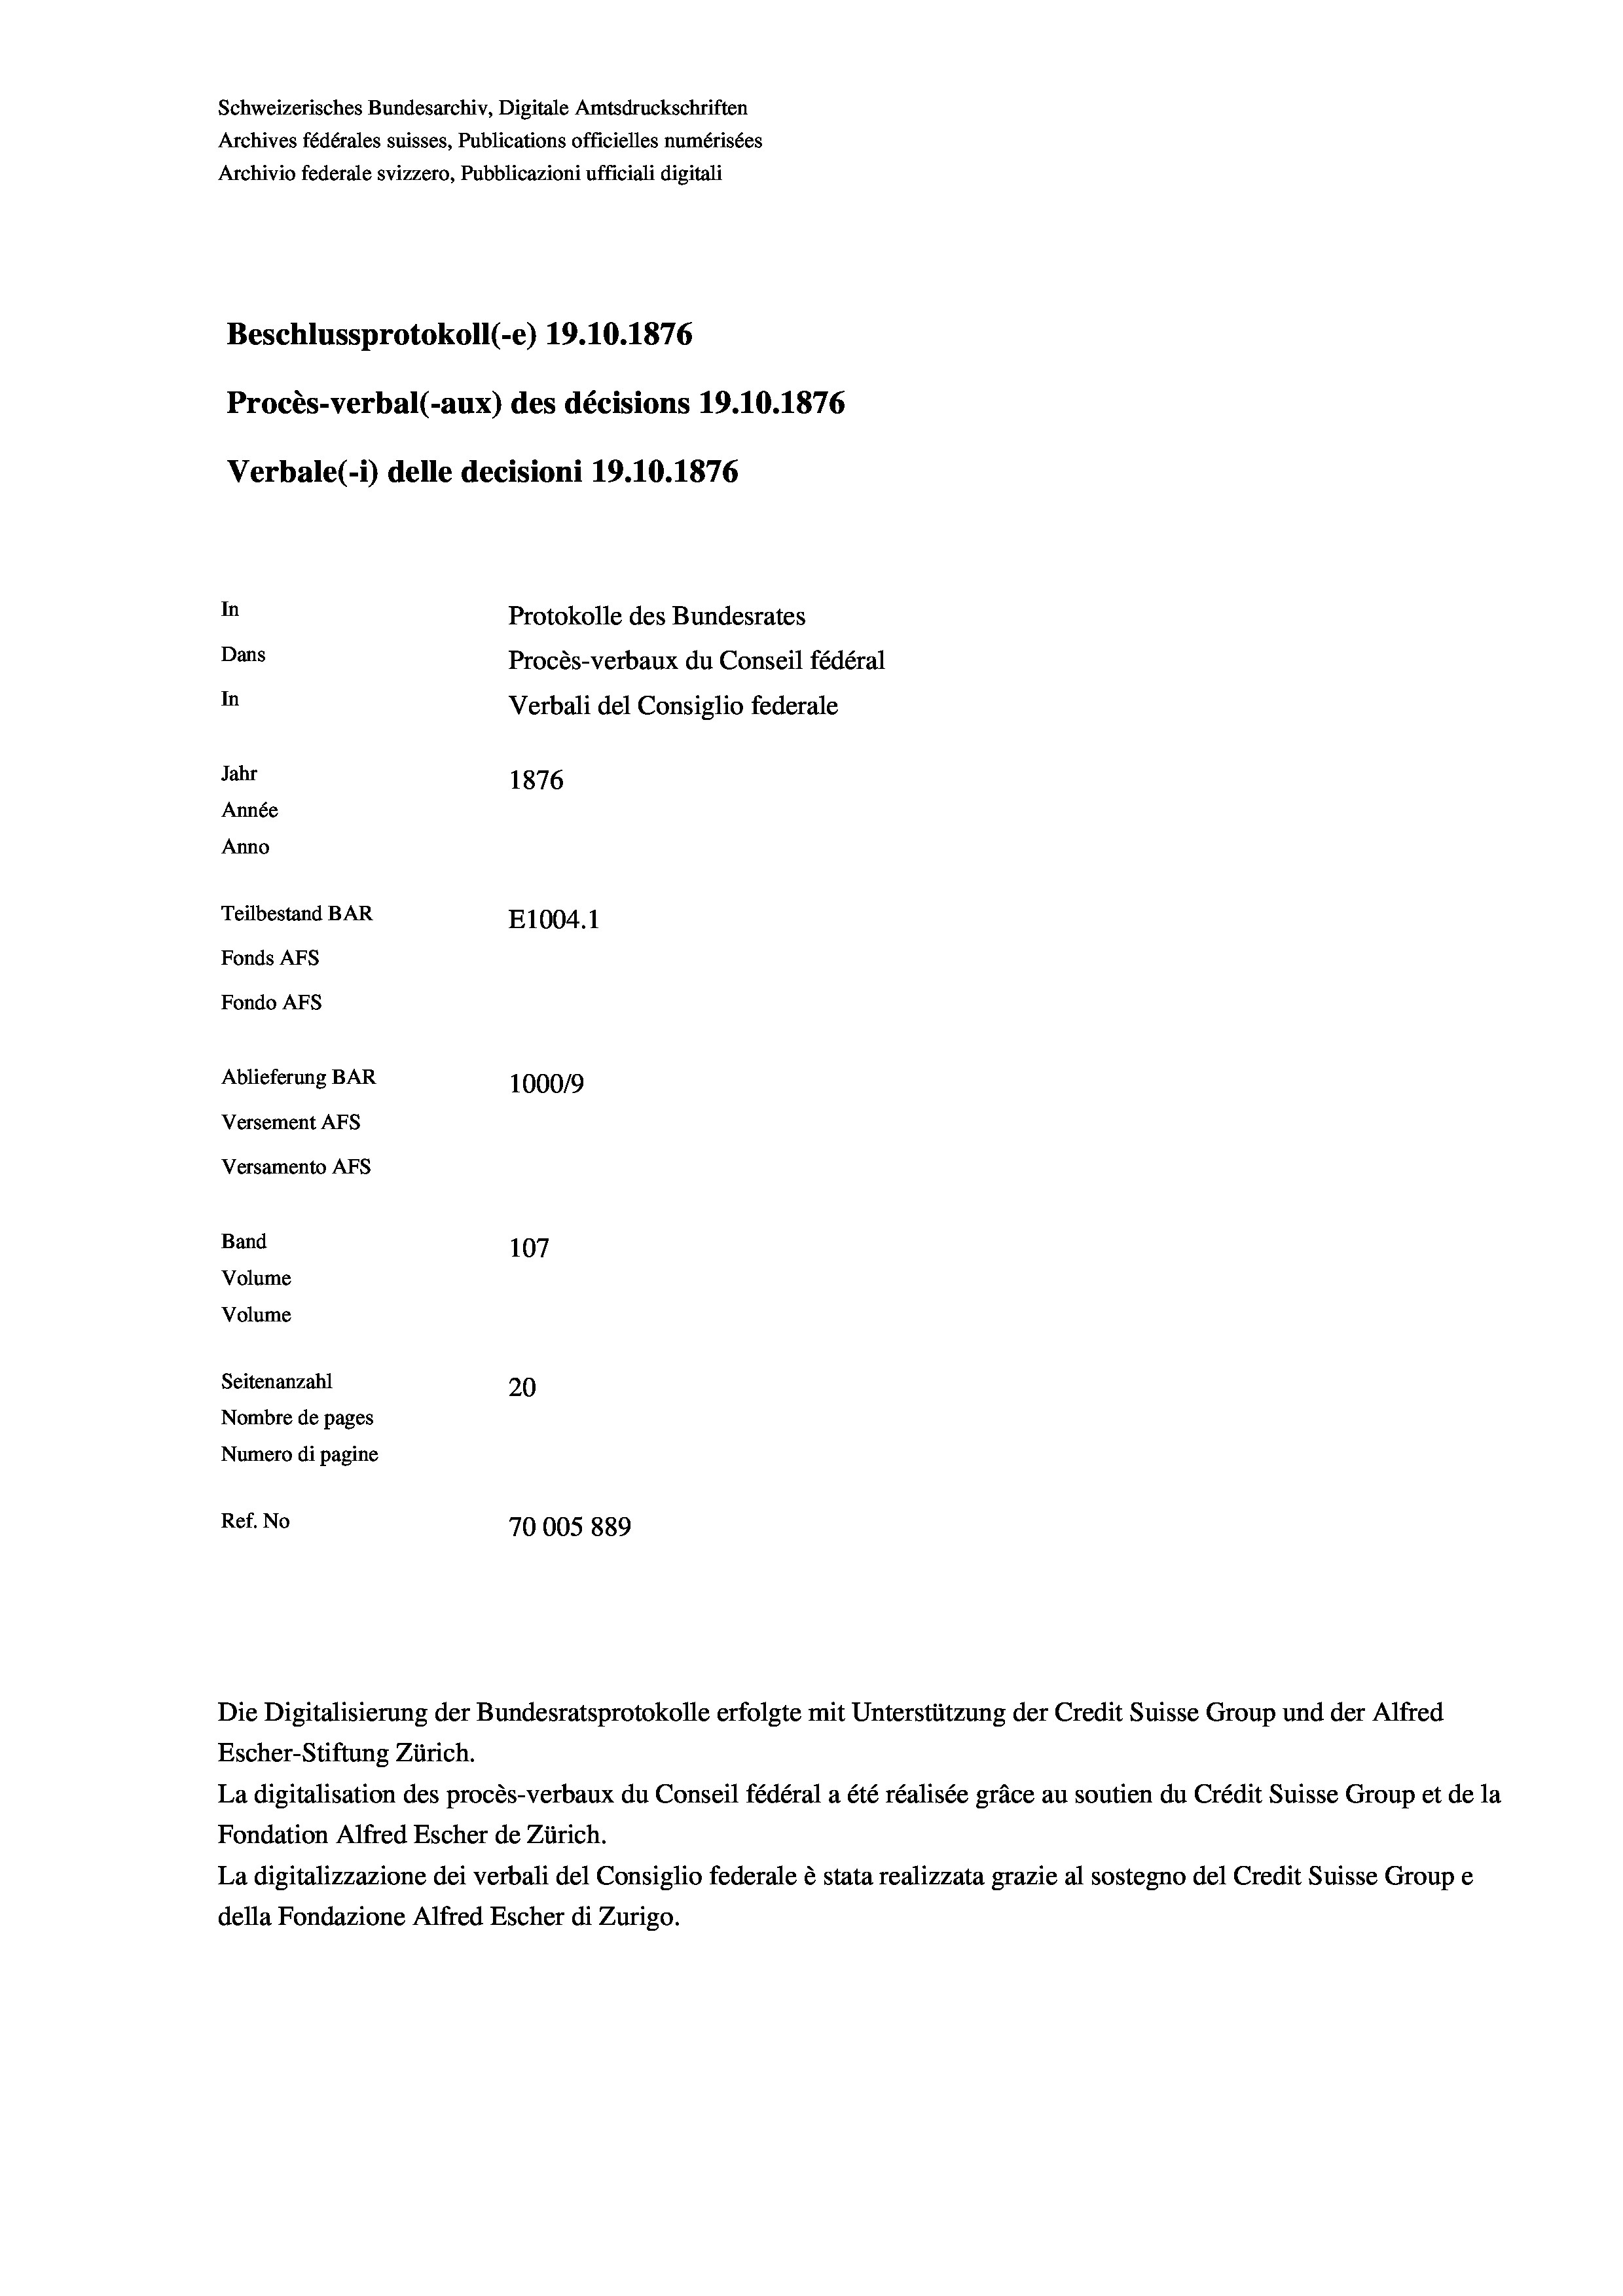
Schweizerisches Bundesarchiv, Digitale Amtsdruckschriften
Archives fédérales suisses, Publications officielles numérisées
Archivio federale svizzero, Pubblicazioni ufficiali digitali
Beschlussprotokoll (-e) 19.10.1876
Procès-verbal (-aux) des décisions 19.10.1876
Verbale (i) delle decisioni 19.10.1876
In
Protokolle des Bundesrates
Dans
Procès-verbaux du Conseil fédéral
In
Verbali del Consiglio federale
Jahr
1876
Année
Anno
Teilbestand BAR
E1004. 1
Fonds AFs
Fondo AFs
Ablieferung BAR
1000/9
Versement Abs

Versamento AFs
Band
Volume
Volume

107
Seitenanzahl
20
Nombre de pages
Numero di pagine
Ref. No
70005 889

Escher-Stiftung Zürich.
La digitalisation des procès-verbaux du Conseil fédéral a été réalisée gräce au soutien du Crédit Suisse Group et de la
Fondation Alfred Escher de Zürich.
La digitalizzazione dei verbali del Consiglio federale è stata realizzata grazie al sostegno del Credit Suisse Groupe
della Fondazione Alfred Escher di Zurigo.

Die Digitalisierung der Bundesratsprotokolle erfolgte mit Unterstützung der Credit Suisse Group und der Alfred